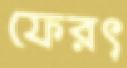
ফেরৎ